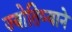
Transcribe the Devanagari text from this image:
ज्योतिष्याने